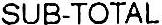
SUB-TOTAL